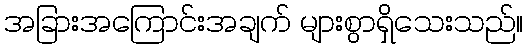
အခြားအကြောင်းအချက် များစွာရှိသေးသည်။